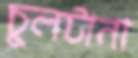
চুলটানা